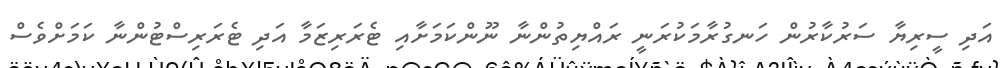
އަދި ސީރިޔާ ސަރުކާރުން ހަނގުރާމަކުރަނީ ރައްޔިތުންނާ ނޫންކަަމަށާއި ޓެރަރިޒަމާ އަދި ޓެރަރިސްޓުންނާ ކަމަށްވެސް